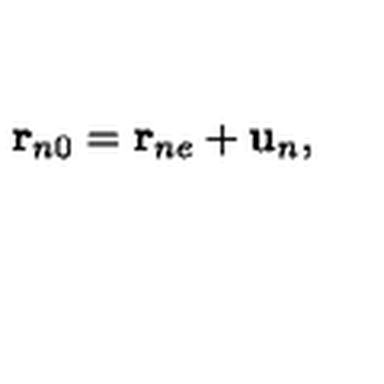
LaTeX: { \bf r } _ { n 0 } = { \bf r } _ { n e } + { \bf u } _ { n } ,